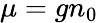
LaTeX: \mu=gn_{0}